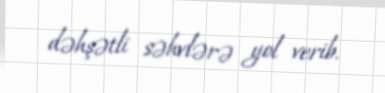
dəhşətli səhvlərə yol verib.